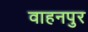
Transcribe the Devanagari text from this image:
वाहनपुर